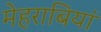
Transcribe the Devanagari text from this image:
मेहराबियां